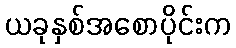
ယခုနှစ်အစောပိုင်းက